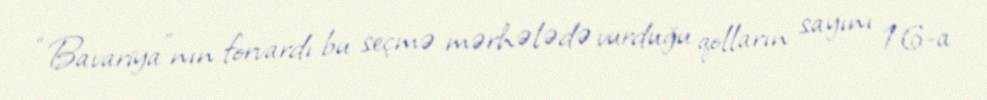
“Bavariya”nın forvardı bu seçmə mərhələdə vurduğu qolların sayını 16-a